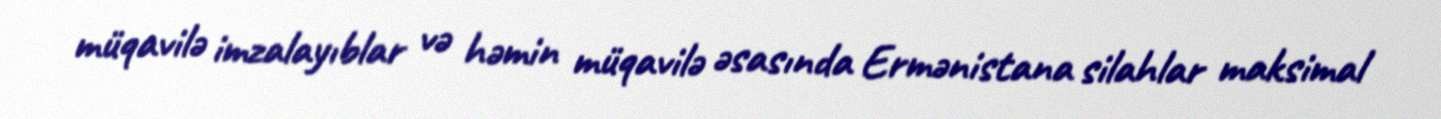
müqavilə imzalayıblar və həmin müqavilə əsasında Ermənistana silahlar maksimal